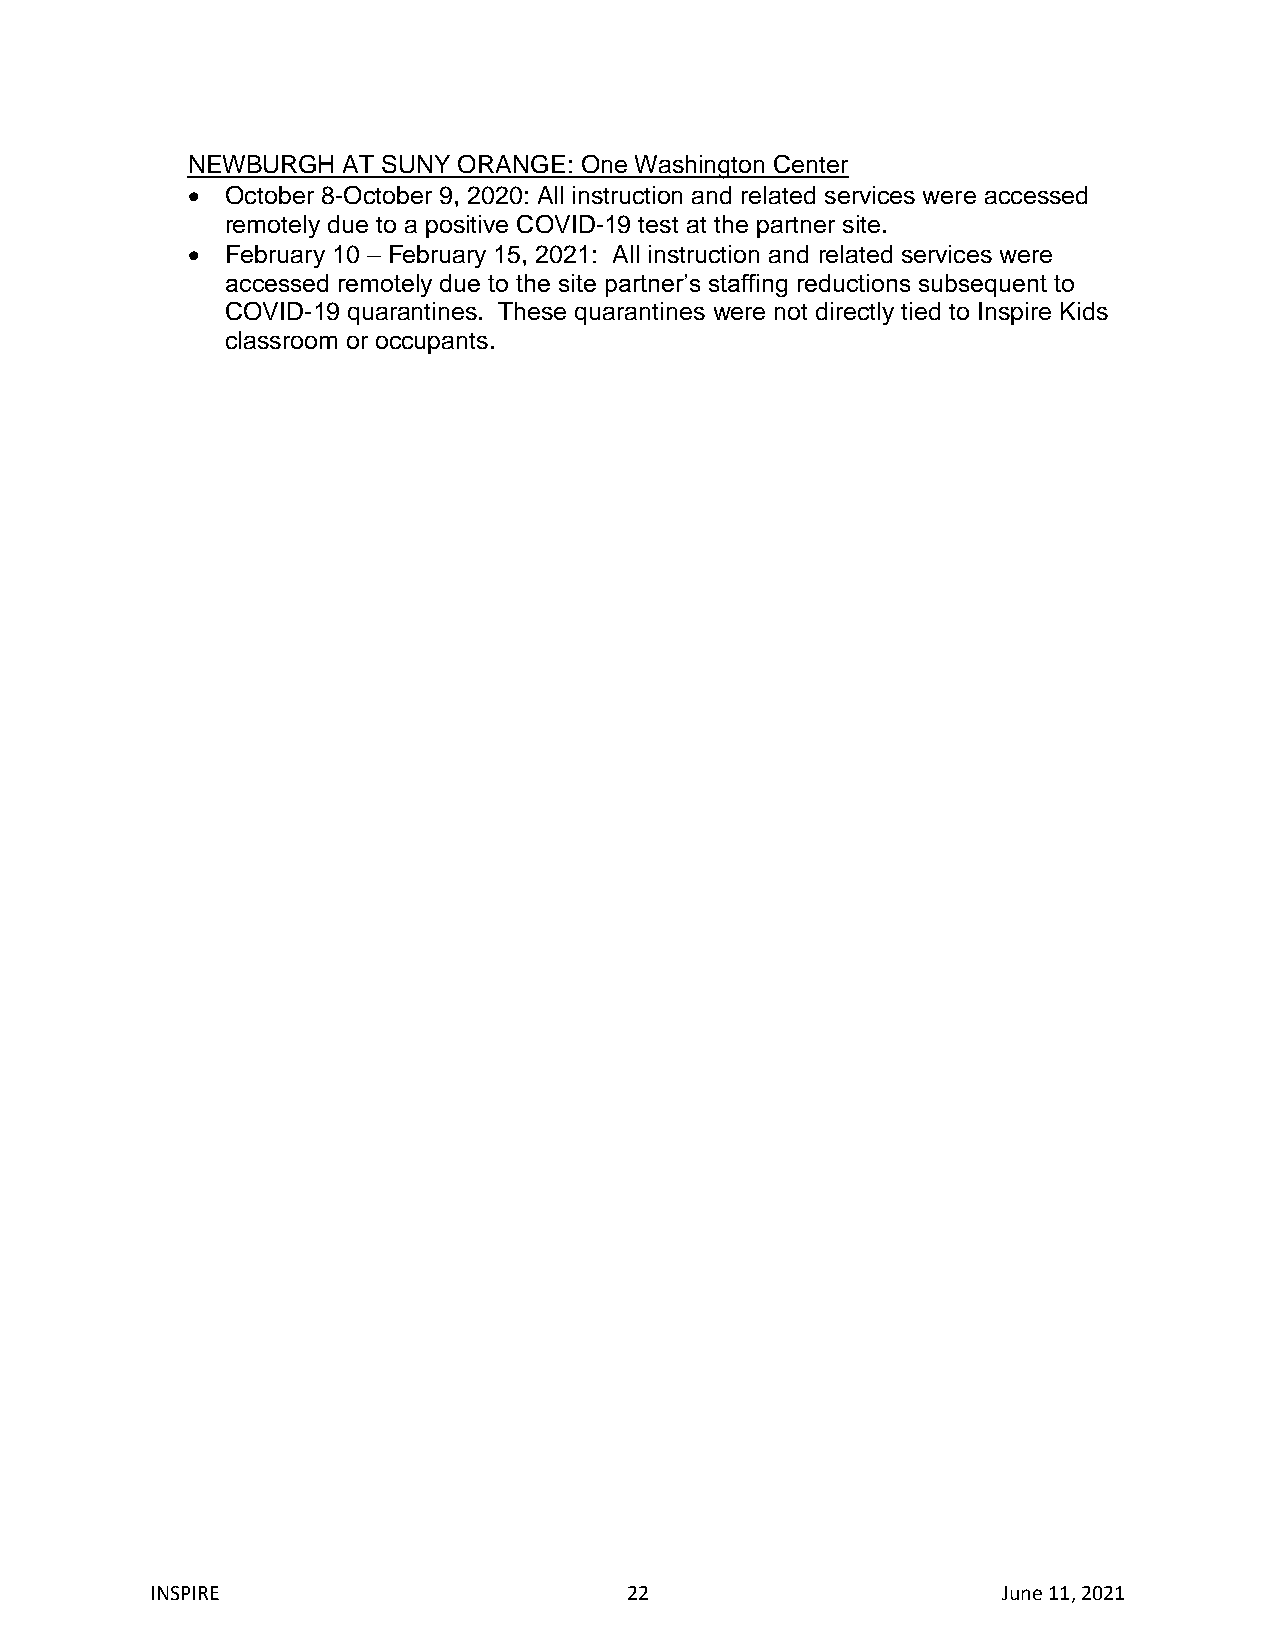
NEWBURGH   AT SUNY ORANGE: One Washington Center
   October 8-October 9, 2020: All instruction and related services were accessed
 remotely due to a positive COVID-19 test at the partner site.
   February 10 – February 15, 2021: All instruction and related services were
 accessed remotely due to the site partner’s staffing reductions subsequent to
 COVID-19 quarantines. These quarantines were not directly tied to Inspire Kids
 classroom or occupants.
 INSPIRE                        22                       June 11, 2021